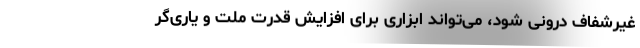
غیرشفاف درونی شود، می‌تواند ابزاری برای افزایش قدرت ملت و یاری‌گر